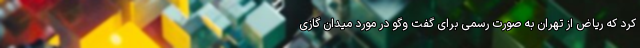
کرد که ریاض از تهران به صورت رسمی برای گفت وگو در مورد میدان گازی